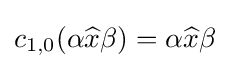
c_{1,0}(\alpha {\widehat {x}}\beta )=\alpha {\widehat {x}}\beta